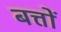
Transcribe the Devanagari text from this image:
बत्तों